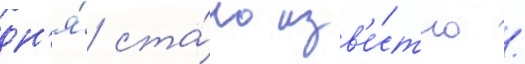
дн'я́ ста́ло изв'е́стно /